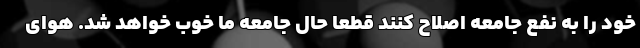
خود را به نفع جامعه اصلاح کنند قطعا حال جامعه ما خوب خواهد شد. هوای